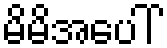
မိမိအပေါ်